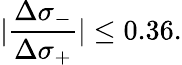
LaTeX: \vert\frac{\Delta\sigma_{-}}{\Delta\sigma_{+}}\vert\le 0.36.